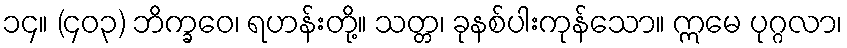
၁၄။ (၄၀၃) ဘိက္ခဝေ၊ ရဟန်းတို့။ သတ္တ၊ ခုနစ်ပါးကုန်သော။ ဣမေ ပုဂ္ဂလာ၊